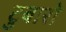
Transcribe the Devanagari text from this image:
टुबारो